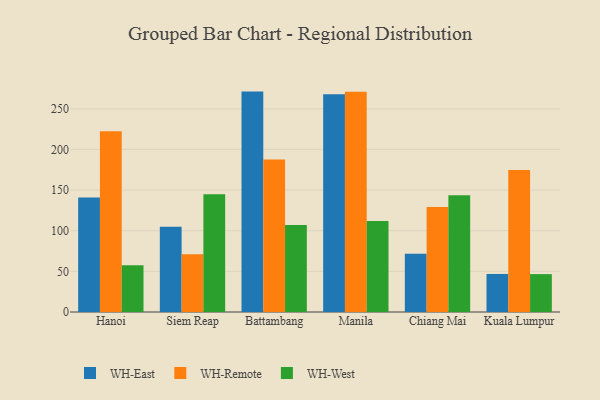
{"axis": {"x": "City", "y": "Operating Costs (USD K)"}, "legend": ["WH-East", "WH-Remote", "WH-West"], "data": [{"x": "Hanoi", "y": 140.7, "type": "WH-East"}, {"x": "Hanoi", "y": 222.3, "type": "WH-Remote"}, {"x": "Hanoi", "y": 57.6, "type": "WH-West"}, {"x": "Siem Reap", "y": 104.9, "type": "WH-East"}, {"x": "Siem Reap", "y": 71.1, "type": "WH-Remote"}, {"x": "Siem Reap", "y": 144.7, "type": "WH-West"}, {"x": "Battambang", "y": 271.1, "type": "WH-East"}, {"x": "Battambang", "y": 187.5, "type": "WH-Remote"}, {"x": "Battambang", "y": 106.9, "type": "WH-West"}, {"x": "Manila", "y": 267.7, "type": "WH-East"}, {"x": "Manila", "y": 270.8, "type": "WH-Remote"}, {"x": "Manila", "y": 111.9, "type": "WH-West"}, {"x": "Chiang Mai", "y": 71.6, "type": "WH-East"}, {"x": "Chiang Mai", "y": 129.2, "type": "WH-Remote"}, {"x": "Chiang Mai", "y": 143.7, "type": "WH-West"}, {"x": "Kuala Lumpur", "y": 46.8, "type": "WH-East"}, {"x": "Kuala Lumpur", "y": 174.8, "type": "WH-Remote"}, {"x": "Kuala Lumpur", "y": 46.6, "type": "WH-West"}]}